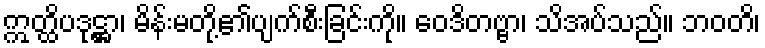
ဣတ္ထိပဒုဋ္ဌာ၊ မိန်းမတို့၏ပျက်စီးခြင်းကို။ ဝေဒိတဗ္ဗာ၊ သိအပ်သည်။ ဘဝတိ၊